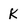
Character: K